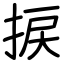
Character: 捩